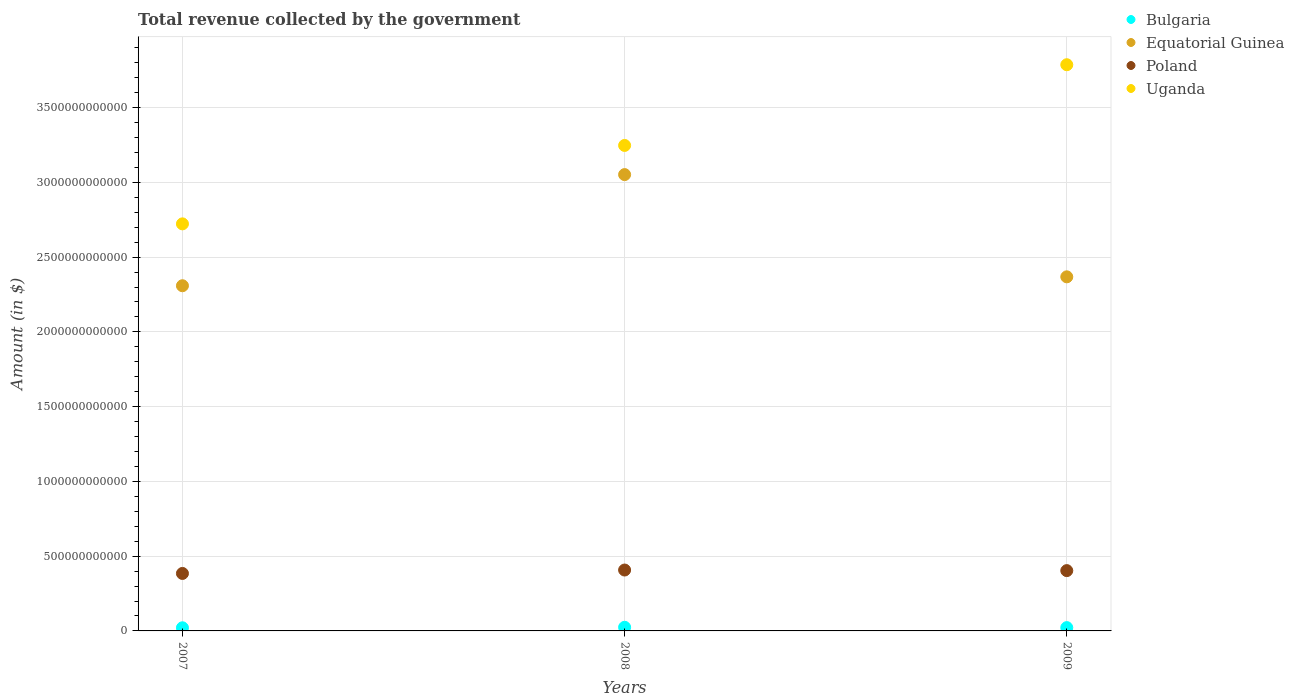
| Years | Bulgaria | Equatorial Guinea | Poland | Uganda |
 | --- | --- | --- | --- | --- |
 | 2007 | 2.1e+10 | 2.31e+12 | 3.84e+11 | 2.72e+12 |
 | 2008 | 2.43e+10 | 3.05e+12 | 4.07e+11 | 3.25e+12 |
 | 2009 | 2.21e+10 | 2.37e+12 | 4.03e+11 | 3.79e+12 |